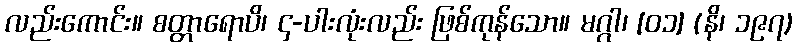
လည်းကောင်း။ စတ္တာရောပိ၊ ၄-ပါးလုံးလည်း ဖြစ်ကုန်သော။ မဂ္ဂါ၊ [၀၁] (နိ၊ ၁၉၇)